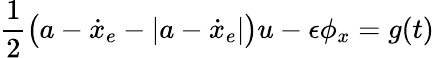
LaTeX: \frac{1}{2}\big(a-\dot{x}_{e}-|a-\dot{x}_{e}|\big)u-\epsilon\phi_{x}=g(t)